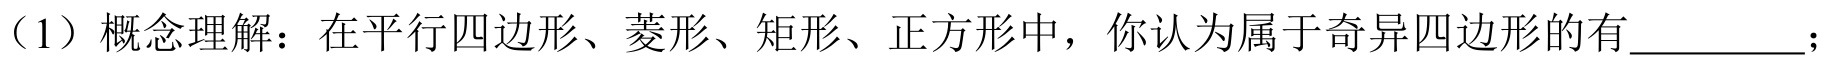
（1）概念理解：在平行四边形、菱形、矩形、正方形中，你认为属于奇异四边形的有\underline{\quad\quad}；